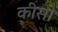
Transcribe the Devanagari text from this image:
कीसो